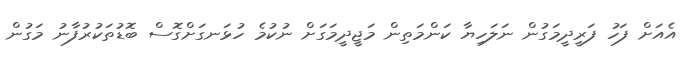
އެއަށް ފަހު ފަރީދީމަގުން ނަލަހިޔާ ކަންމަތިން މަޖީދީމަގަށް ނުކުމެ ހުޅަނގަށްގޮސް ބޮޑުތަކުރުފާނު މަގުން